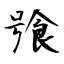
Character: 飸